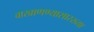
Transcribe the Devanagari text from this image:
वाखाणण्यासारख्या